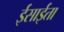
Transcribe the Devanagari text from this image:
ईसाईता